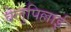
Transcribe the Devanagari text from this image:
वेलुपिल्लाई